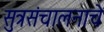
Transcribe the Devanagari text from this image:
सुत्रसंचालनाचे